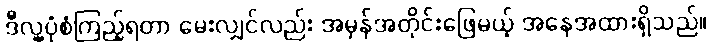
ဒီလူ့ပုံစံကြည့်ရတာ မေးလျှင်လည်း အမှန်အတိုင်းဖြေမယ့် အနေအထားရှိသည်။